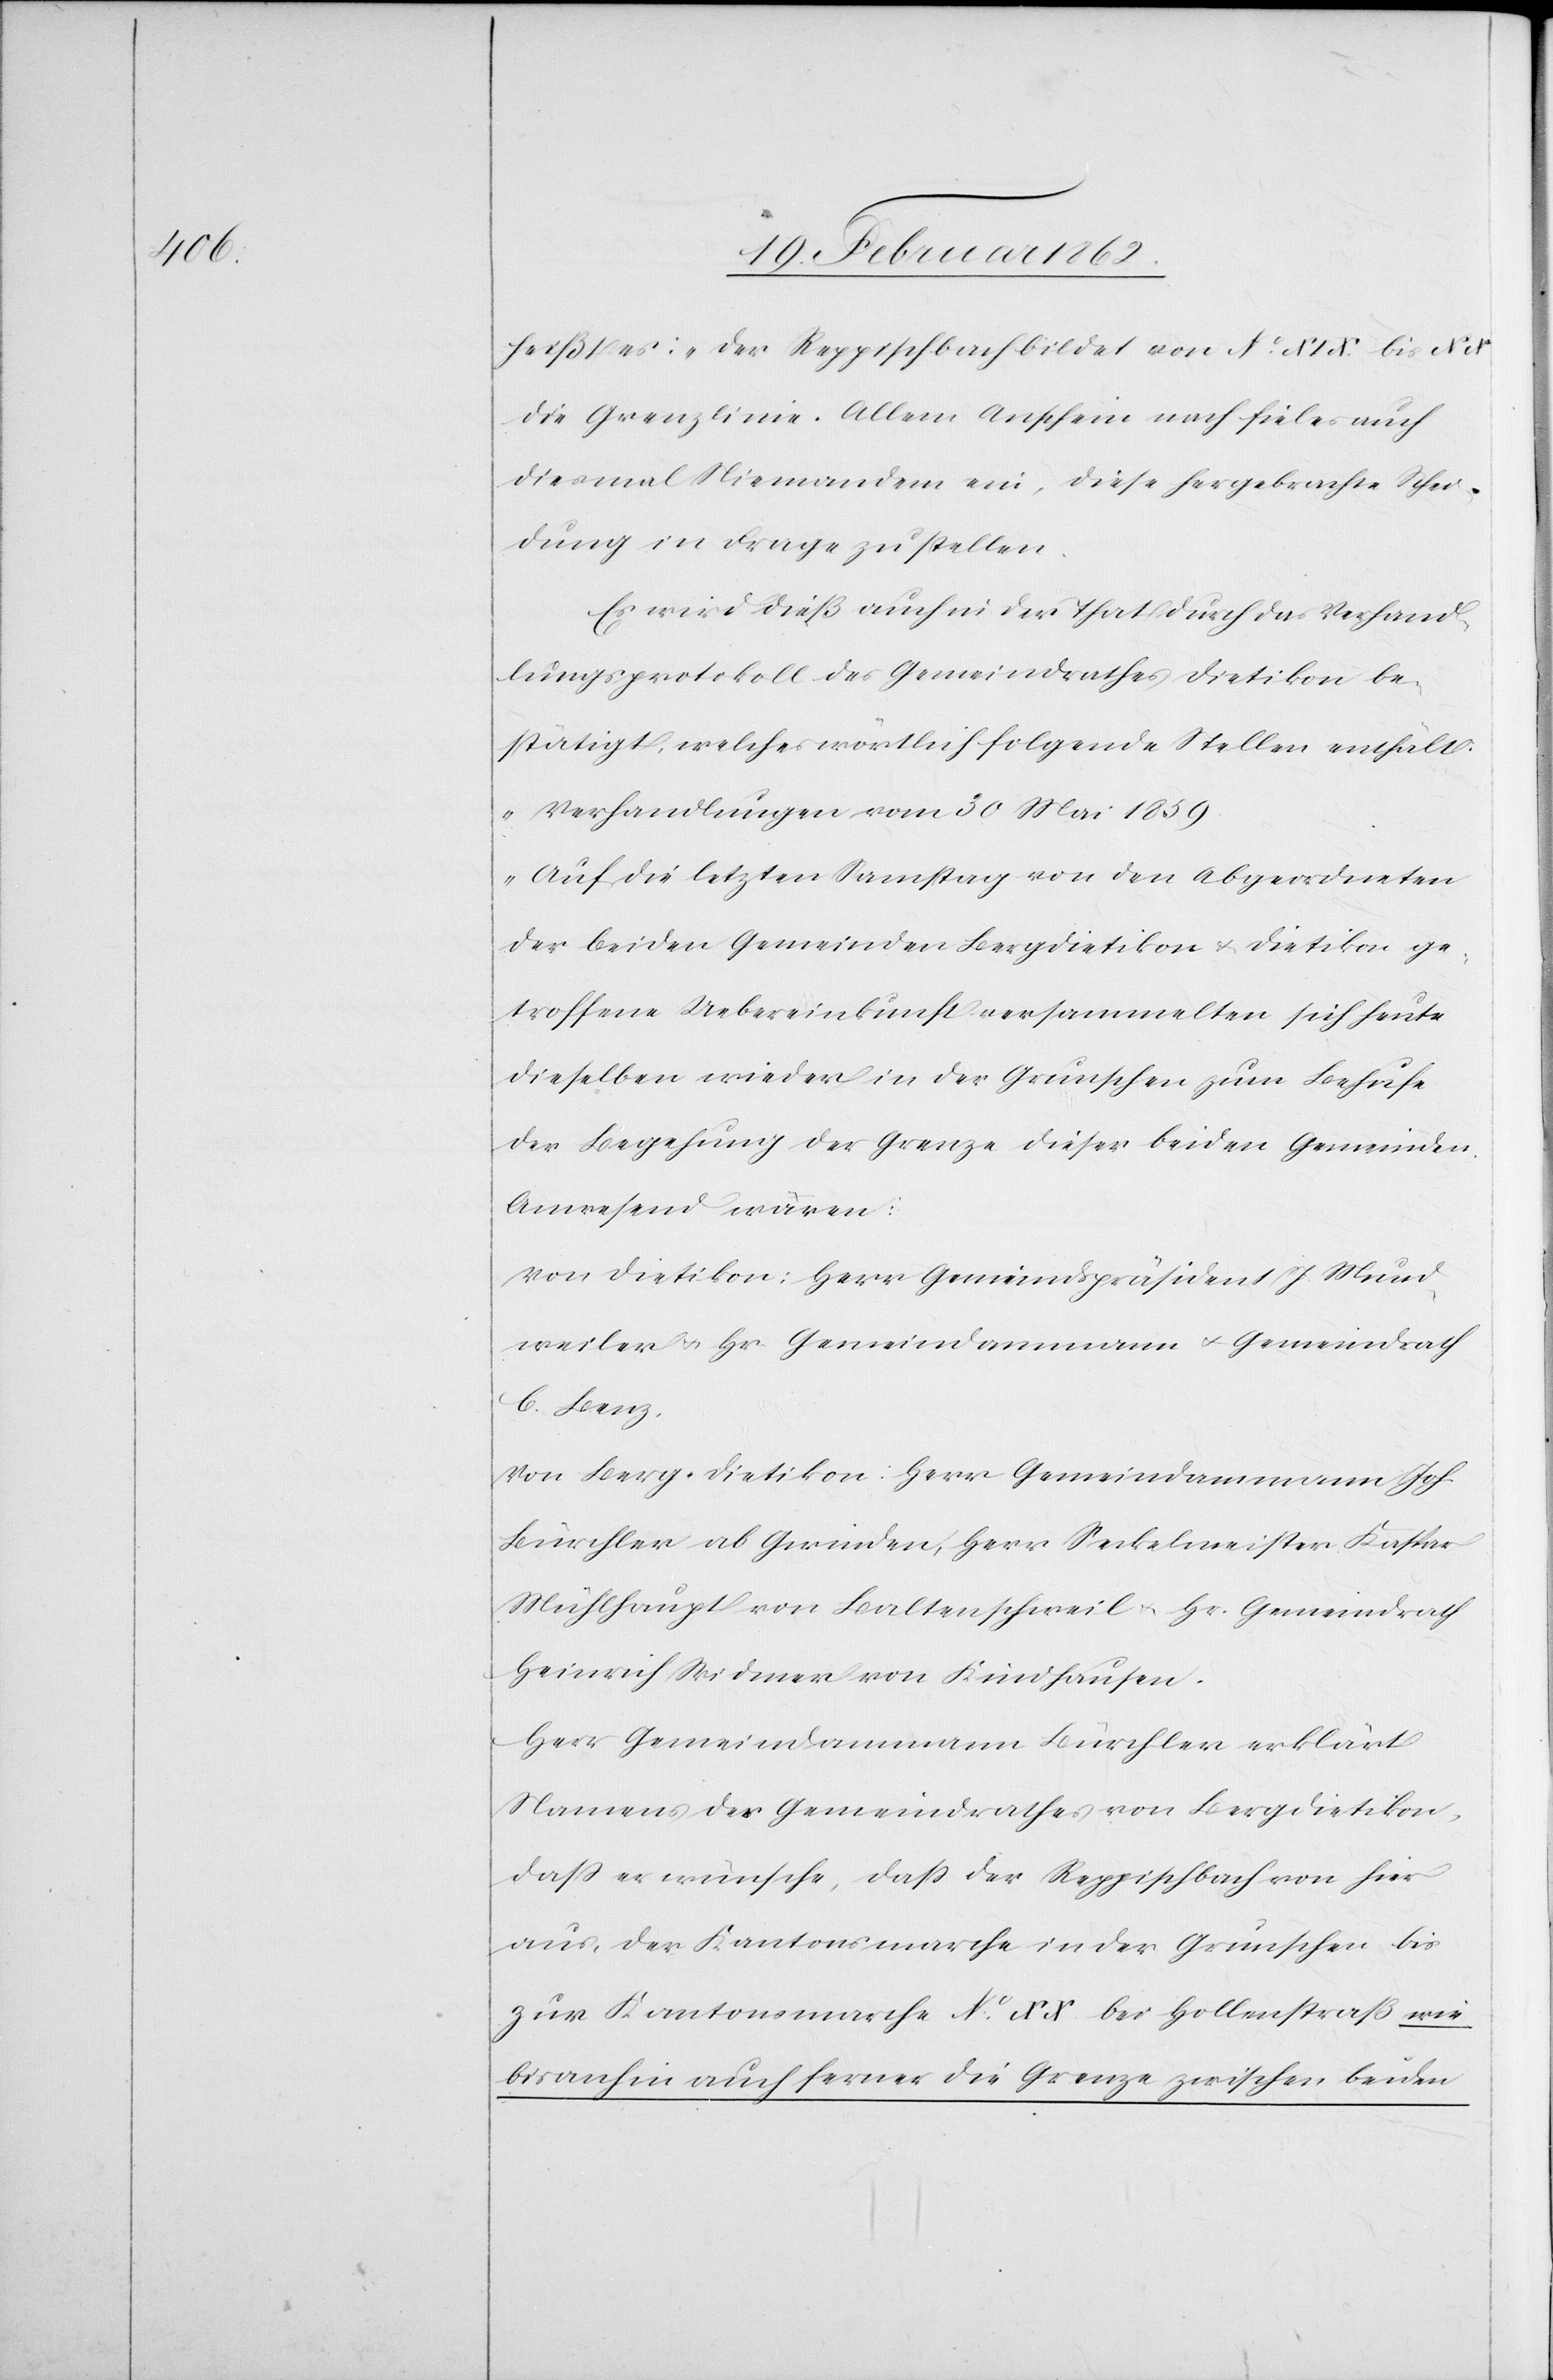
heißt es: „Der Reppischbach bildet von No. XIX bis XX
die Grenzlinie.“ Allem Anschein nach fiel es auch
diesmal Niemandem ein, diese hergebrachte Schei¬
dung in Frage zu stellen.
Es wird dieß auch in der That durch das Verhand¬
lungsprotokoll des Gemeindrathes Dietikon be¬
stätigt, welches wörtlich folgende Stellen enthält:
„Verhandlungen vom 30 Mai 1859
Auf die letzten Samstag von den Abgeordneten
der beiden Gemeinden Bergdietikon u. Dietikon ge¬
troffene Uebereinkunft versammelten sich heute
dieselben wieder in der Grunschen [sic!] zum Behufe
der Begehung der Grenze dieser beiden Gemeinden.
Anwesend waren:
Von Dietikon: Herr Gemeindspräsident J. Mund¬
weiler u. Hr Gemeindammann u. Gemeindrath
C. Benz.
Von Berg-Dietikon: Herr Gemeindammann Joh.
Bürchler ab Gwinden, Herr Seckelmeister Kaspar
Mühlhaupt von Baltenschweil u. Hr. Gemeindrath
Heinrich Widmer von Kindhausen.
Herr Gemeindammann Bürchler erklärt
Namens des Gemeindrathes von Bergdietikon,
daß er wünsche, daß der Reppischbach von hier
aus, der Kantonsmarche in der Grunschen bis
zur Kantonsmarche No. XX bei Hollenstraß wie
bis anhin auch ferner die Grenze zwischen beiden